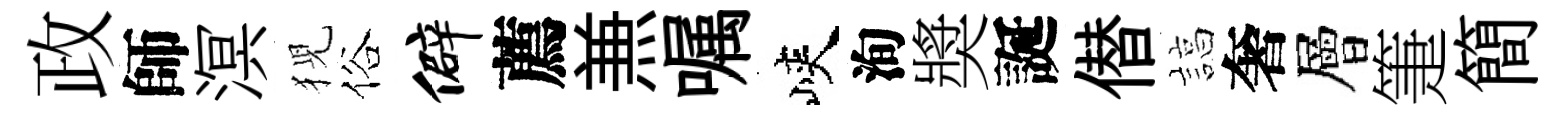
政師溟猊俗僻薦𠔥嘱峽洵奬誕僣諄奢層箑簡